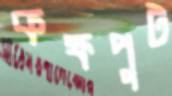
কক্ষপুট